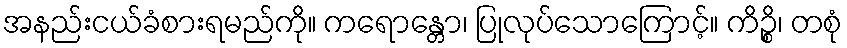
အနည်းငယ်ခံစားရမည်ကို။ ကရောန္တော၊ ပြုလုပ်သောကြောင့်။ ကိဉ္စိ၊ တစုံ